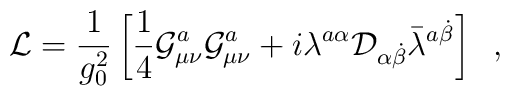
{\cal L} = \frac{1}{g_0^2} \left[ \frac{1}{4} {\cal G}_{\mu\nu}^a{\cal G}_{\mu\nu}^a + i \lambda^{a \alpha} {\cal D}_{\alpha \dot{\beta}} \bar{\lambda}^{a \dot{\beta}} \right] \;\;,